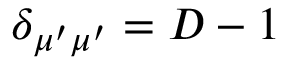
\delta _ { \mu ^ { \prime } \mu ^ { \prime } } = D - 1